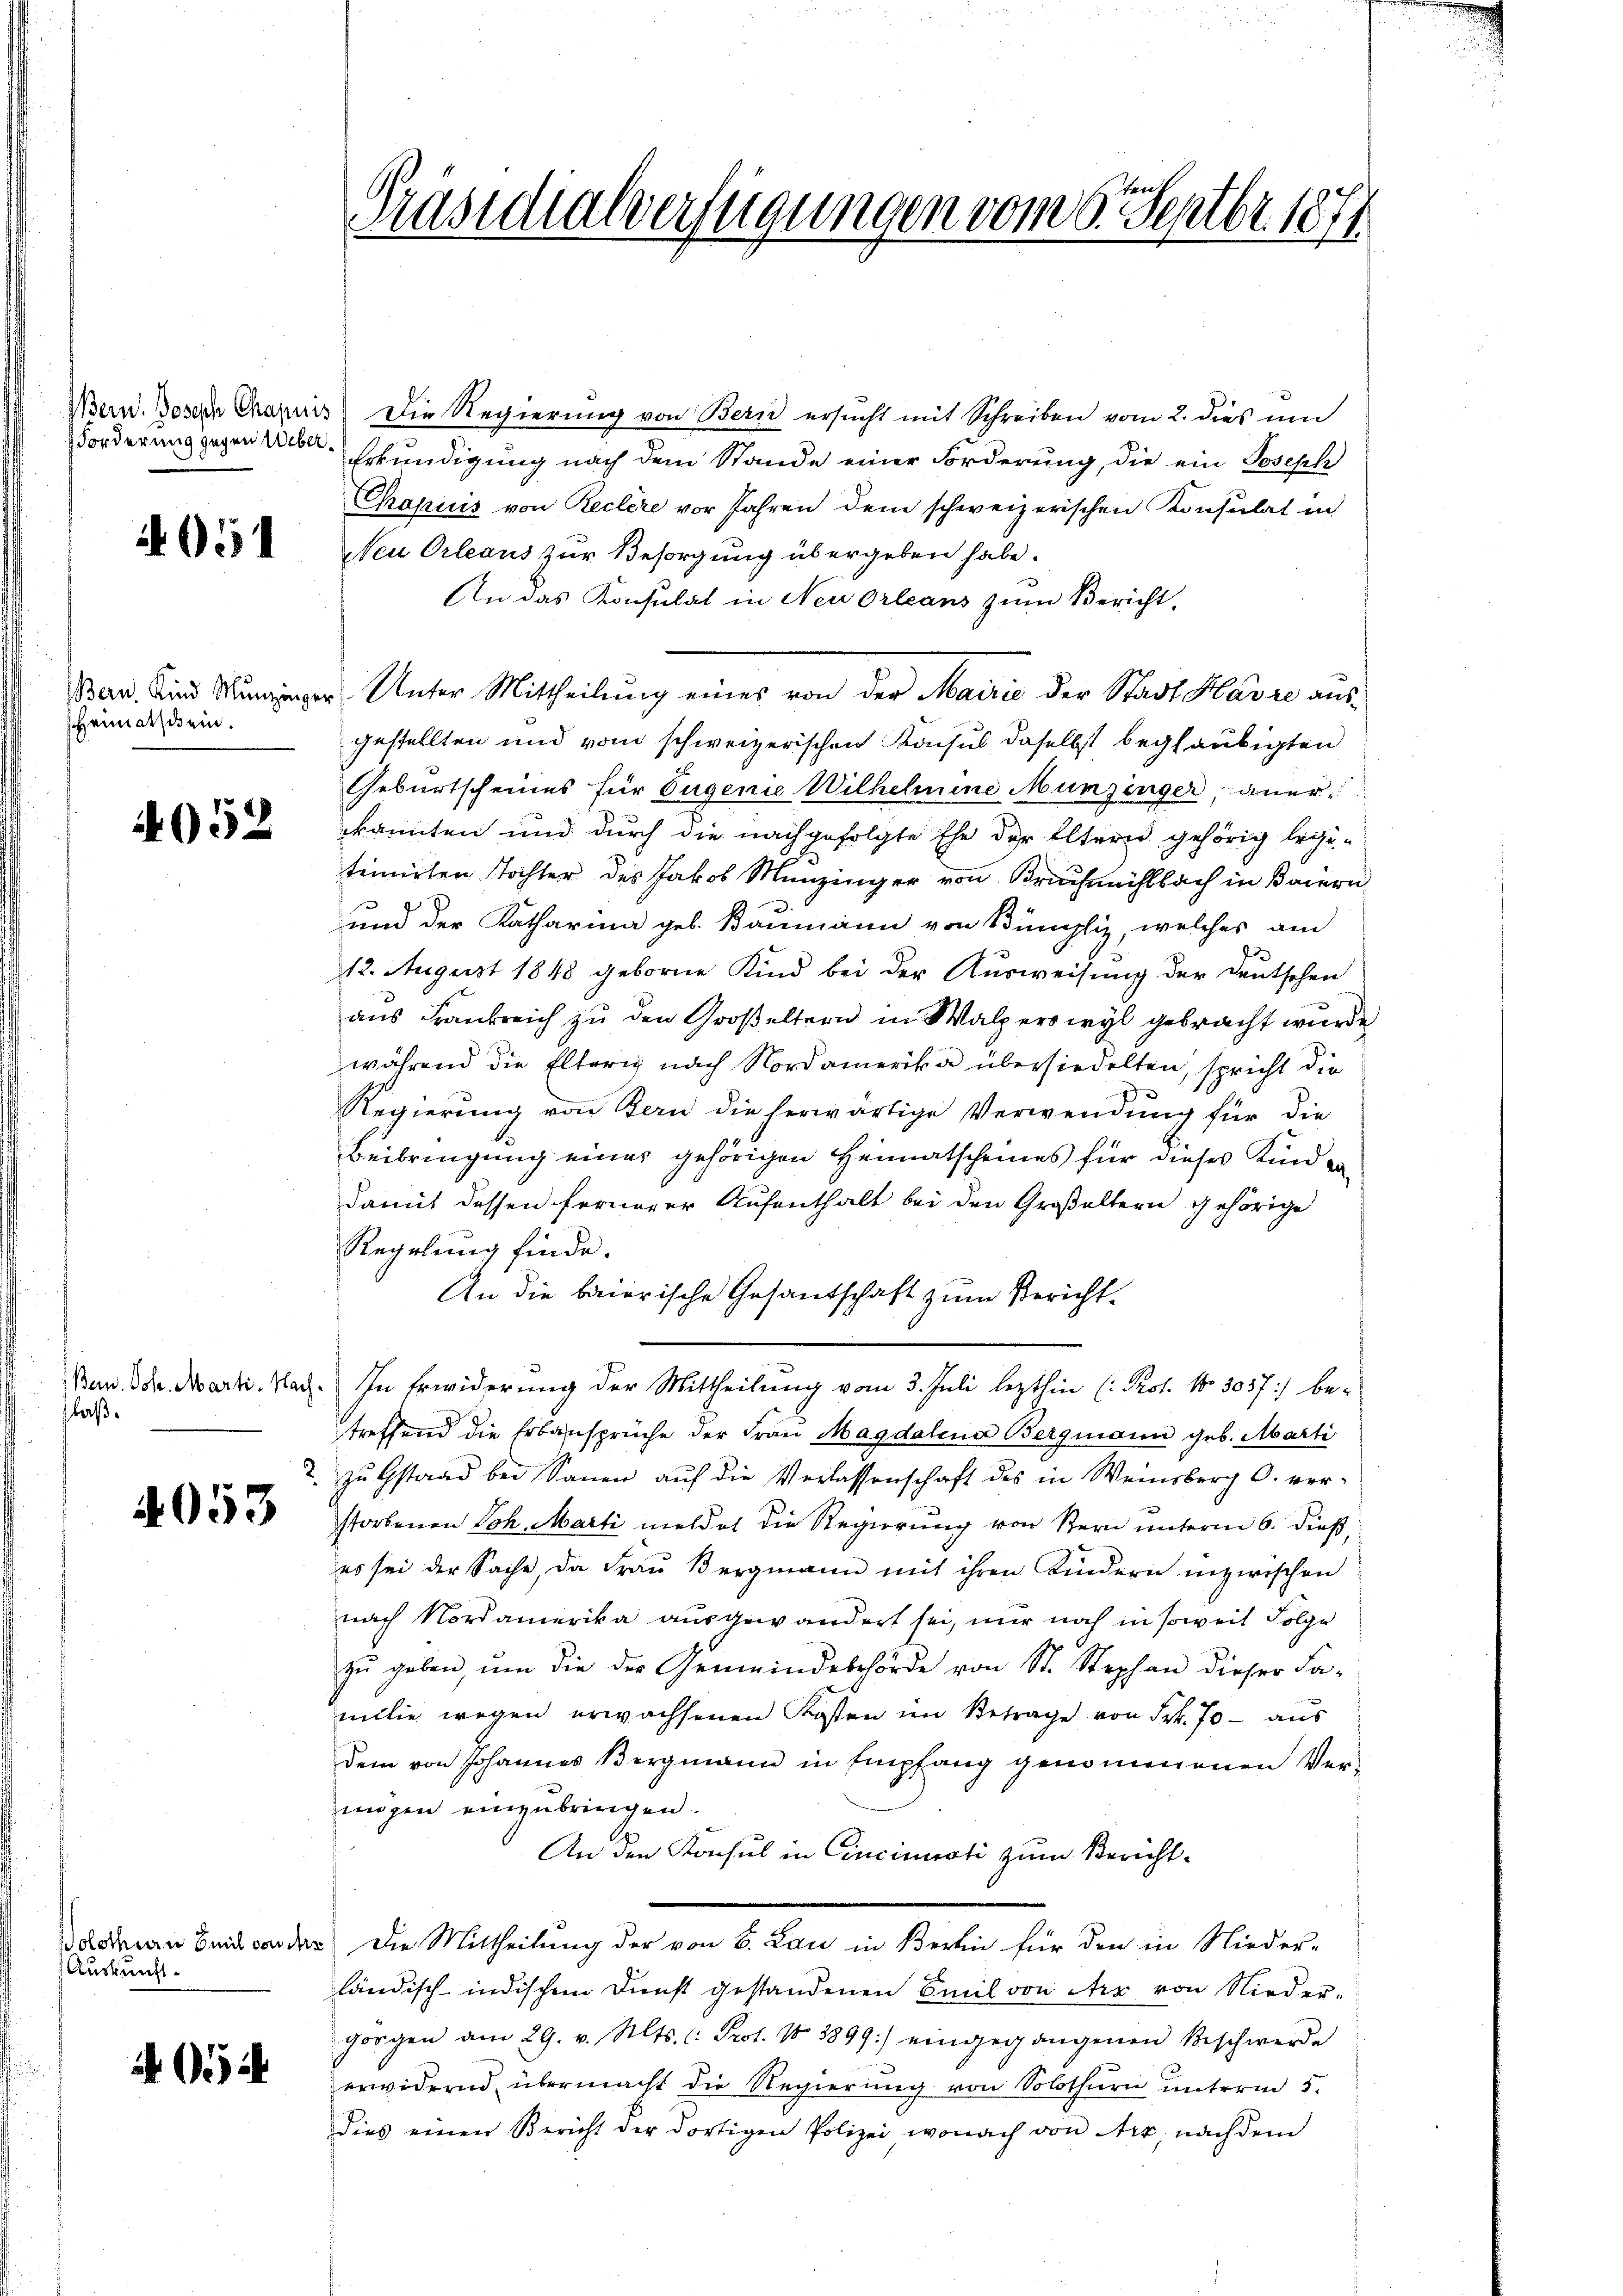
Forderung gegen Ueber¬

405

sheimatschein.

4052

laß.

4053

Auskunft.

052

Präsidialverfügungen vom 6. Septbr. 1871

Wern. Joser Chrapuis Die Regierung von Bern ersucht mit Schreiben vom 2. dies um
Erkundigung nach dem Stande einer Forderung, die ein Joseph
Chapucis von Reclere vor Jahren dem schweizerischen Konsulat in
Neu Orleaus zur Besorgung übergeben habe.
An das Konsulat in Neu Orleans zum Bericht,
Bar. Sind Süninger Unter Mittheilŭng einer von der Mairić der Stadt Havre aus
gestellten und vom schweizerischen Konsul daselbst beglaubigten
Geburtscheines für Eugenie Wilhelmine Munzinger, aner
kannten und durch die nachgefolgte Ehe der Eltern gehörig legi-
temnirten Tochter des Jakob Menzinger von Bruchrechtbach in Baiern
und der Katharina geb. Baumann von Bümpliz, welches am
12. August 1848 geborne Kind bei der Ausweisung der Deutschen
aus Frankreich zu den Großeltern in Walperswyl gebracht wurde
während die Elterig nach Nordamerika übersiedelten, spricht die
Regierung von Bern die herwärtige Verwendung für die
Beibringung eines gehörigen Heimatscheines für dieses Kind dadamit dessen fernerer Aufenthalt bei den Großeltern gehörige
Regelung finde.
An die baierische Gesantschaft zum Bericht¬
Ban Sr. Marti. Nach. In Erwiderung der Mittheilung vom 3. Juli lezthin (Prot. No. 5057) be-
treffend die Erbansprüche der Frau Magdalena Bergmann geb. Marti
2. zu Gstand bei Sanen auf die Verlassenschaft des in Weinsberg C. ver-
storbenen Joh. Marti meldet die Regierung von Bern unterm 6. dieß,
es sei der Sache, da Frau Bergmann mit ihren Kindern inzwischen
nach Nordamerika ausgewändert sei, nur noch in soweit Folge
zŭ geben, ŭm die der Gemeindebehörde von St. Stephan dieser Fa-
milie wegen erwachsenen Kosten im Betrage von Frk. 70 - aus
dem von Johannes Bergmann in Empfang genommenen Ver-
mögen einzŭbringen.
An den Konsul in Cincinisati zum Berichtaddrian Beide sonder, die Mittheilung der von 6. Lau in Berlin für den in Nieder-
ländisch-indischen Dienst gestandenen Emil von der von Niederhorgen am 29. v. Mts. (: Prot. No 3899) eingegangenen Beschwerde
erwidernd übermacht die Regierung von Solothurn unterm 5.
dies einen Bericht der dortigen Polizei, wonach von Arx, nachdem